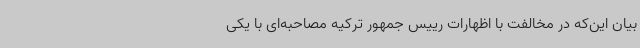
بیان این‌که در مخالفت با اظهارات رییس جمهور ترکیه مصاحبه‌ای با یکی